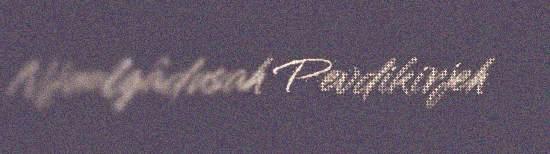
Njuolgâdusah Pevdikirjeh